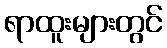
ရာထူးများတွင်